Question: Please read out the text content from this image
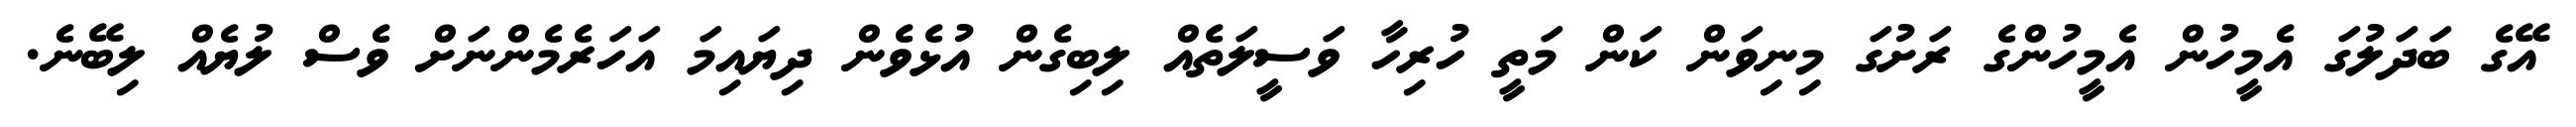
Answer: އޭގެ ބަދަލުގަ އެމީހުން އެމީހުންގެ ރަށުގަ މިނިވަން ކަން މަތީ ހުރިހާ ވަސީލަތެއް ލިބިގެން އުޅެވެން ދިޔައިމަ އަހަރެމެންނަށް ވެސް ލުޔެއް ލިބޭނެ.